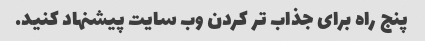
پنج راه برای جذاب تر کردن وب سایت پیشنهاد کنید.